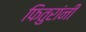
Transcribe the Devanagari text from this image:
फितुरांनी